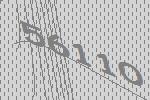
56110